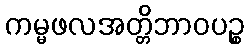
ကမ္မဖလအတ္တိဘာဝပဉ္စ